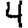
Digit: 4